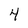
Character: 4